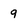
Character: 9